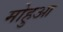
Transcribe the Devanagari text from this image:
मोहुआ